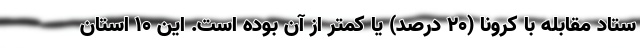
ستاد مقابله با کرونا (۲۰ درصد) یا کمتر از آن بوده است. این ۱۰ استان